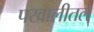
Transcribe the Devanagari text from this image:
पखालीतले